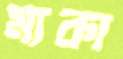
মাকা